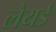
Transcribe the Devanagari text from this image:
लैयर्ड